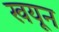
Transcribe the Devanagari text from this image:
खयून